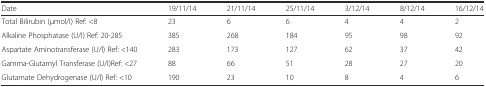
<table><thead><tr><td><b>Date</b></td><td><b>19/11/14</b></td><td><b>21/11/14</b></td><td><b>25/11/14</b></td><td><b>3/12/14</b></td><td><b>8/12/14</b></td><td><b>16/12/14</b></td></tr></thead><tbody><tr><td>Total Bilirubin (μmol/l) Ref: &lt;8</td><td>23</td><td>6</td><td>6</td><td>4</td><td>4</td><td>2</td></tr><tr><td>Alkaline Phosphatase (U/l) Ref: 20-285</td><td>385</td><td>268</td><td>184</td><td>95</td><td>98</td><td>92</td></tr><tr><td>Aspartate Aminotransferase (U/l) Ref: &lt;140</td><td>283</td><td>173</td><td>127</td><td>62</td><td>37</td><td>42</td></tr><tr><td>Gamma-Glutamyl Transferase (U/l)Ref: &lt;27</td><td>88</td><td>66</td><td>51</td><td>28</td><td>27</td><td>20</td></tr><tr><td>Glutamate Dehydrogenase (U/l) Ref: &lt;10</td><td>190</td><td>23</td><td>10</td><td>8</td><td>4</td><td>6</td></tr></tbody></table>